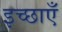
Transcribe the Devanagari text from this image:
इच्‍छाएँ